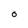
Character: O